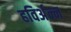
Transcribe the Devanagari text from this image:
हविर्अन्न